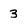
Character: 3